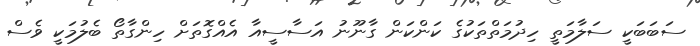
ސަބަބަކީ ސަލާމަތީ ހިދުމަތްތަކުގެ ކަންކަން ގާނޫނު އަސާސީއާ އެއްގޮތަށް ހިންގާތޯ ބެލުމަކީ ވެސް